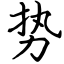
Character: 势